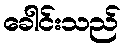
ခေါင်းသည်